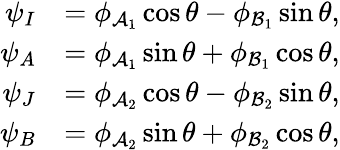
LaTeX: \begin{array}{rl}{\psi_{I}}&{=\phi_{\mathcal{A}_{1}}\cos\theta-\phi_{\mathcal{B}_{1}}\sin\theta,}\\ {\psi_{A}}&{=\phi_{\mathcal{A}_{1}}\sin\theta+\phi_{\mathcal{B}_{1}}\cos\theta,}\\ {\psi_{J}}&{=\phi_{\mathcal{A}_{2}}\cos\theta-\phi_{\mathcal{B}_{2}}\sin\theta,}\\ {\psi_{B}}&{=\phi_{\mathcal{A}_{2}}\sin\theta+\phi_{\mathcal{B}_{2}}\cos\theta,}\end{array}